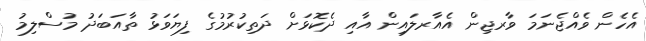
އެހެން ވެއްޖެނަމަ ވާރޖިން އެއާރލައިން އާއި ދެކޮޅަށް ދަތިކުރުމުގެ ފިޔަވަޅު ތާއަބަދު މުސްލިމު